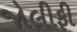
જોલીફી